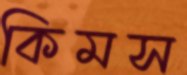
কিমস